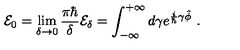
{ \cal E } _ { 0 } = \lim _ { \delta \rightarrow 0 } \frac { \pi \hbar } { \delta } { \cal E } _ { \delta } = \int _ { - \infty } ^ { + \infty } d \gamma e ^ { \frac { i } { \hbar } \gamma \hat { \phi } } \ .